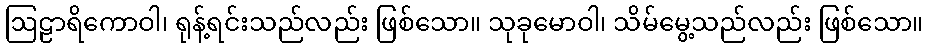
ဩဠာရိကောဝါ၊ ရုန့်ရင်းသည်လည်း ဖြစ်သော။ သုခုမောဝါ၊ သိမ်မွေ့သည်လည်း ဖြစ်သော။